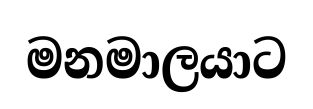
මනමාලයාට